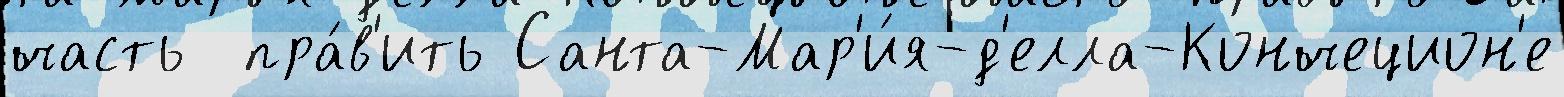
часть  пра́в'ить Санта-Мар'и́я-д'елла-Кончецион'е